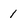
Character: 1